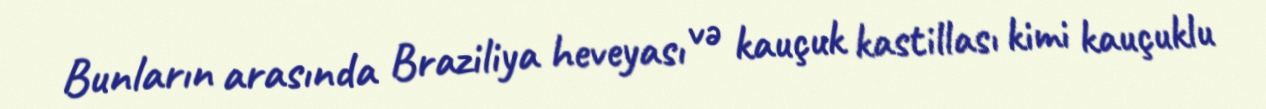
Bunların arasında Braziliya heveyası və kauçuk kastillası kimi kauçuklu